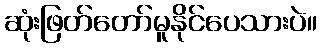
ဆုံးဖြတ်တော်မူနိုင်ပေသားပဲ။